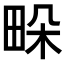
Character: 𤱧